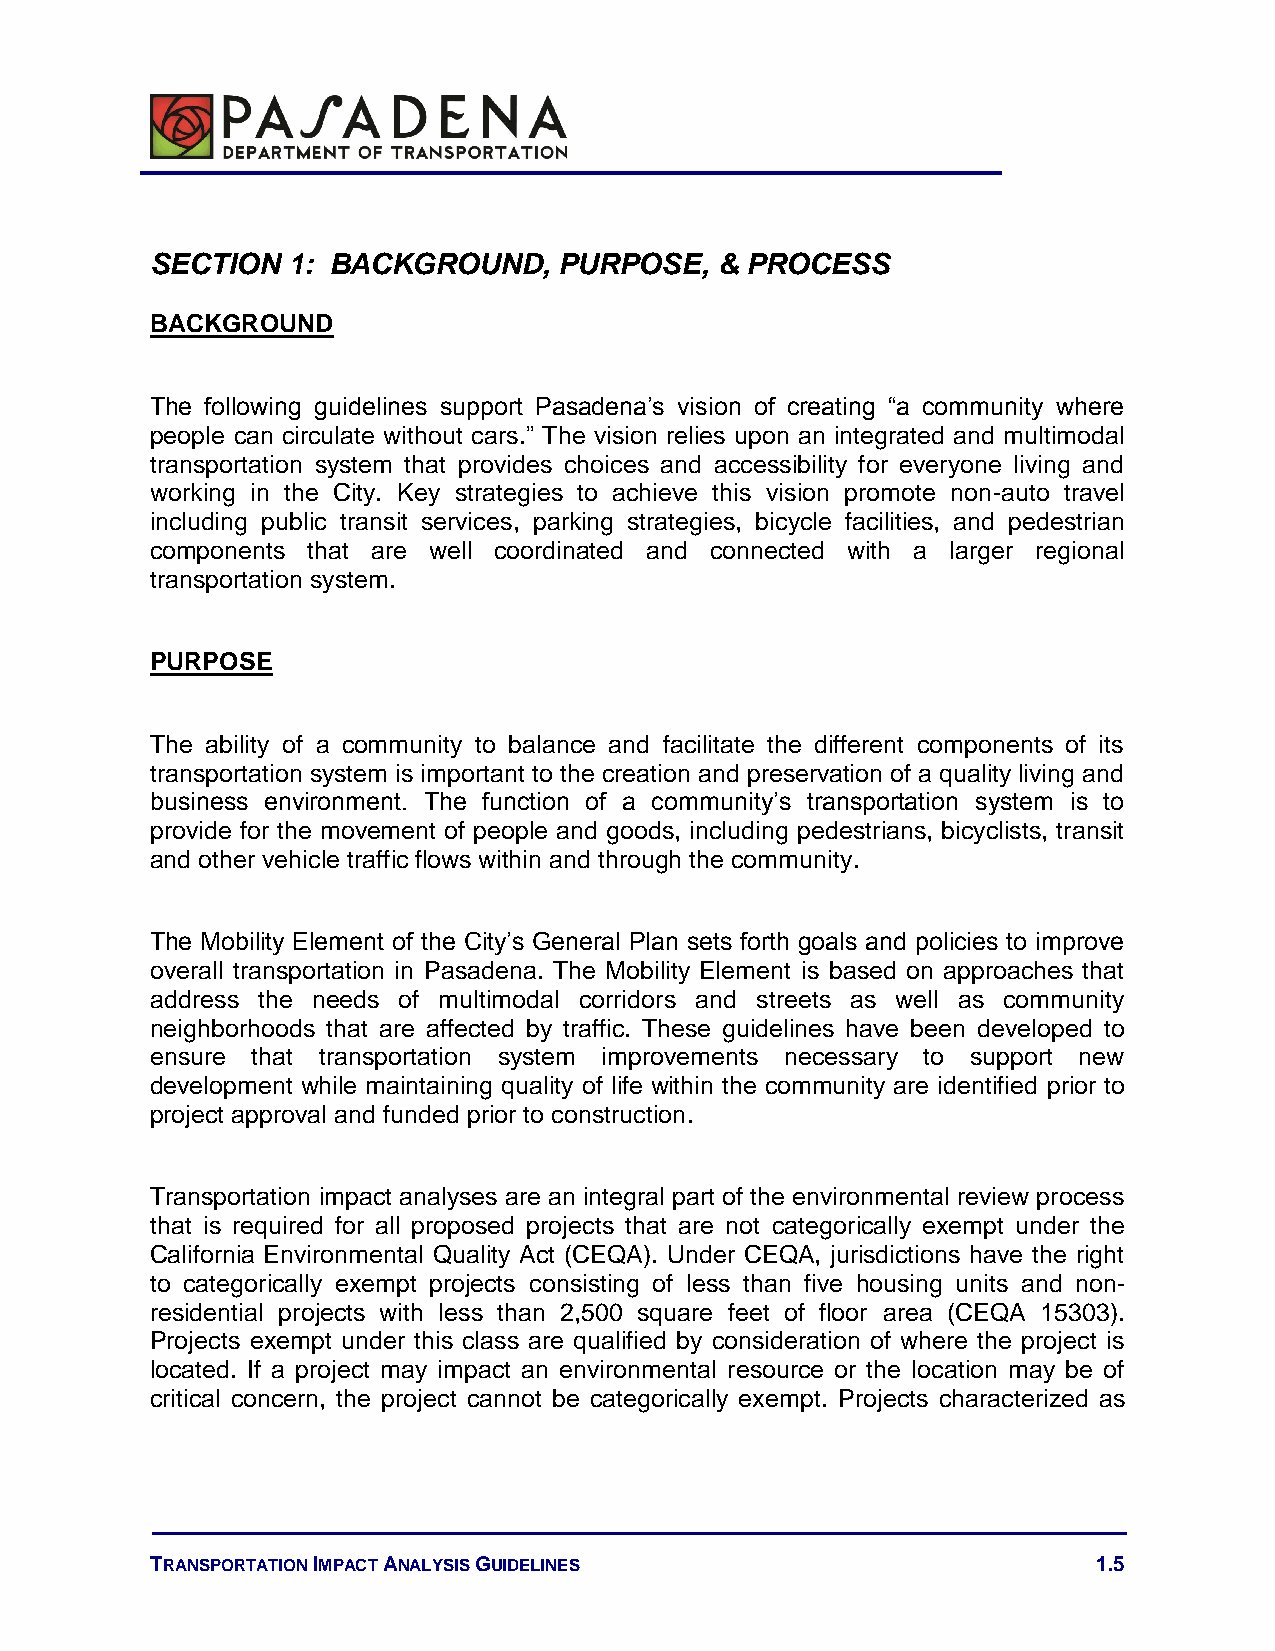
SECTION  1: BACKGROUND,    PURPOSE,   & PROCESS
 BACKGROUND
 The following guidelines support Pasadena’s vision of creating “a community where
 people can circulate without cars.” The vision relies upon an integrated and multimodal
 transportation system that provides choices and accessibility for everyone living and
 working in the City. Key strategies to achieve this vision promote non-auto travel
 including public transit services, parking strategies, bicycle facilities, and pedestrian
 components that are well coordinated and connected with a larger regional
 transportation system.
 PURPOSE
 The ability of a community to balance and facilitate the different components of its
 transportation system is important to the creation and preservation of a quality living and
 business environment. The function of a community’s transportation system is to
 provide for the movement of people and goods, including pedestrians, bicyclists, transit
 and other vehicle traffic flows within and through the community.
 The Mobility Element of the City’s General Plan sets forth goals and policies to improve
 overall transportation in Pasadena. The Mobility Element is based on approaches that
 address the needs of multimodal corridors and streets as well as community
 neighborhoods that are affected by traffic. These guidelines have been developed to
 ensure that transportation system improvements necessary to support new
 development while maintaining quality of life within the community are identified prior to
 project approval and funded prior to construction.
 Transportation impact analyses are an integral part of the environmental review process
 that is required for all proposed projects that are not categorically exempt under the
 California Environmental Quality Act (CEQA). Under CEQA, jurisdictions have the right
 to categorically exempt projects consisting of less than five housing units and non-
 residential projects with less than 2,500 square feet of floor area (CEQA 15303).
 Projects exempt under this class are qualified by consideration of where the project is
 located. If a project may impact an environmental resource or the location may be of
 critical concern, the project cannot be categorically exempt. Projects characterized as
 TRANSPORTATION IMPACT ANALYSIS GUIDELINES                      1.5